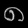
Digit: ၈